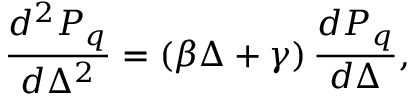
\frac { d ^ { 2 } P _ { q } } { d \Delta ^ { 2 } } = \left( \beta \Delta + \gamma \right) \frac { d P _ { q } } { d \Delta } ,